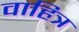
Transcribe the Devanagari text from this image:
वाहित्र